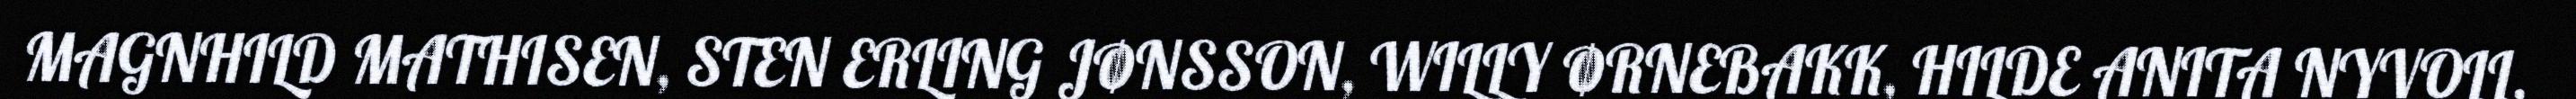
MAGNHILD MATHISEN, STEN ERLING JØNSSON, WILLY ØRNEBAKK, HILDE ANITA NYVOLL,